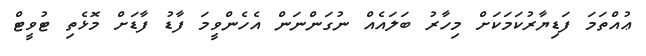
ޢުއްތަމަ ފަޑިޔާރުކަމަކަށް މިހާރު ބަލައެއް ނުގަންނަން އެހެންވީމަ ފާޑު ފާޑަށް މޮޅެތި ޓުވީޓް